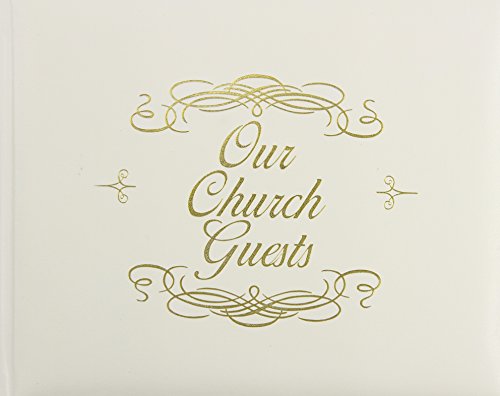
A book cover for Our Church Guests: White Bonded Leather, Gilded Page Edges (Bonded Leather Guest Books); Christian Books & Bibles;